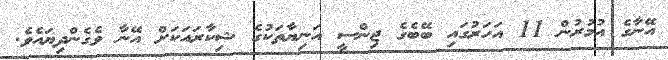
އޭނާގެ އުމުރުން 11 އަހަރުގައި ބޭބެގެ ޖިންސީ އަނިޔާތަކުގެ ޝިކާރައަކަށް އޭނާ ވެގެންދިޔައެވެ.